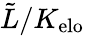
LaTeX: \tilde{L}/K_{\mathrm{elo}}